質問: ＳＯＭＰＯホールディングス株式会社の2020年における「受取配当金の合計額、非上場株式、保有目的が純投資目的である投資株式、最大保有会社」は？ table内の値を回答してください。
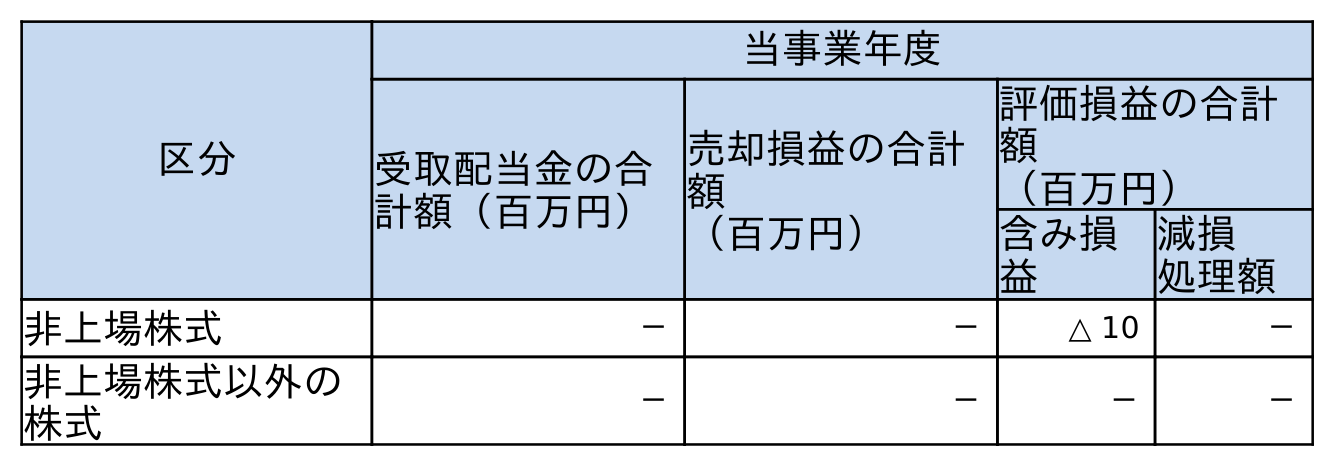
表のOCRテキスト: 区分 当事業年度 受取配当金の合 計額（百万円） 売却損益の合計 額 （百万円） 評価損益の合計 額 （百万円） 含み損 益 減損 処理額 非上場株式 － － △ 10 － 非上場株式以外の 株式 － － － －
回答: －